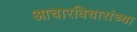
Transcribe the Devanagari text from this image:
आचारविचारांच्या